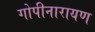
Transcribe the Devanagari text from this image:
गोपीनारायण